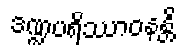
ဒဏ္ဍပရိဿာဝနန္တိ